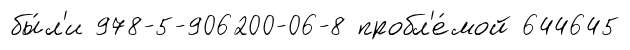
бы́л'и 978-5-906200-06-8 пробл'е́мой 644645